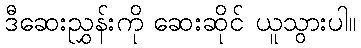
ဒီဆေးညွှန်းကို ဆေးဆိုင် ယူသွားပါ။